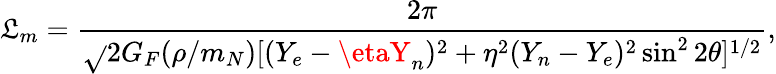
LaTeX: \mathfrak{L}_{m}=\frac{{2\pi}}{{\sqrt{}{{2}}G_{F}({\rho/m_{N}})[(Y_{e}-\etaY_{n})^{2}+\eta^{2}(Y_{n}-Y_{e})^{2}\sin^{2}2\theta]^{1/2}}},